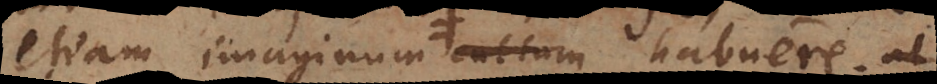
etiam imaginum cultum habuere; ut